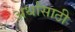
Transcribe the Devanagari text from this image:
अर्थांसाठी